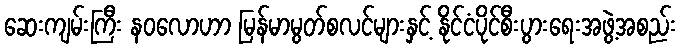
ဆေးကျမ်းကြီး နဝလောဟာ မြန်မာမွတ်စလင်များနှင့် နိုင်ငံပိုင်စီးပွားရေးအဖွဲ့အစည်း